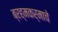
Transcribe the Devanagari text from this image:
ब्रह्मकर्माचे